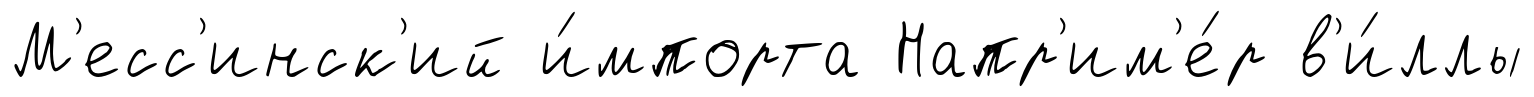
М'есс'инск'ий и́мпорта Напр'им'е́р в'и́ллы